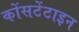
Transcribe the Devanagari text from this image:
कोंसटेंटाइन